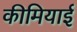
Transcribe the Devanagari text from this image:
कीमियाई